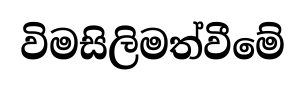
විමසිලිමත්වීමේ